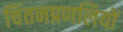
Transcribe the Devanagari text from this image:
चिंतनप्रणलियों